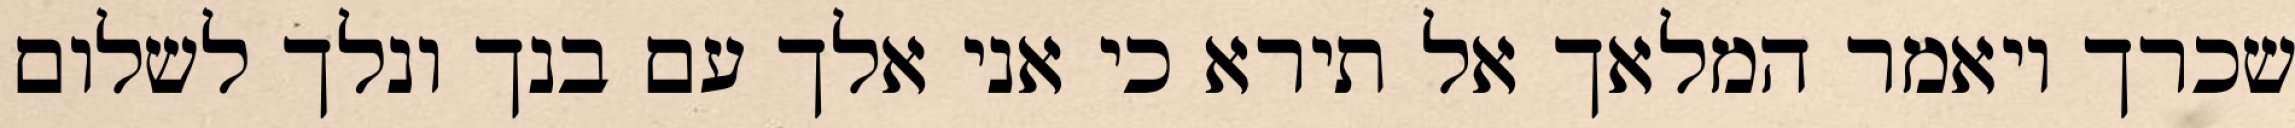
שכרך ויאמר המלאך אל תירא כי אני אלך עם בנך ונלך לשלום